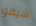
شيفو